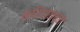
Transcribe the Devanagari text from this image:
क्रियान्‍वन